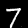
Digit: 7